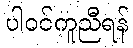
ပါဝင်ကူညီရန်